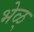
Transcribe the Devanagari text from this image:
भेळ्